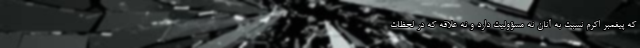
که پیغمبر اکرم نسبت به آنان نه مسؤولیت دارد و نه علاقه که در لحظات